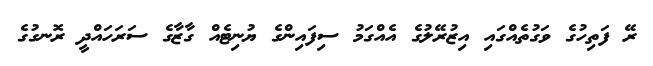
ރޭ ފަތިހުގެ ވަގުތެއްގައި އިޒުރޭލުގެ އެއްގަމު ސިފައިންގެ ޔުނިޓެއް ގާޒާގެ ސަރަހައްދީ ރޮނގުގެ